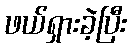
ဖယ်ရှားခဲ့ပြီး